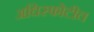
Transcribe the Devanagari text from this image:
अधिस्फोटीत